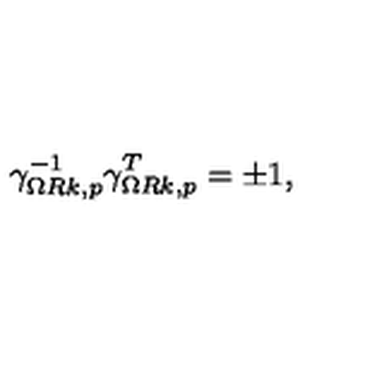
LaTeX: \gamma _ { \Omega R k , p } ^ { - 1 } \gamma _ { \Omega R k , p } ^ { T } = \pm 1 ,